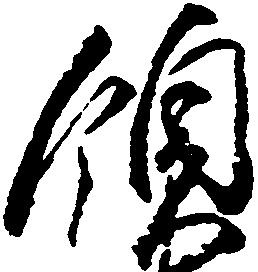
領